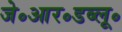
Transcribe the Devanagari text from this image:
जे॰आर॰डब्लू॰